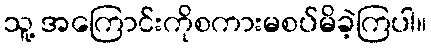
သူ့ အကြောင်းကိုစကားမစပ်မိခဲ့ကြပါ။